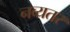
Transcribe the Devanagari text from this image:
नव्यतर